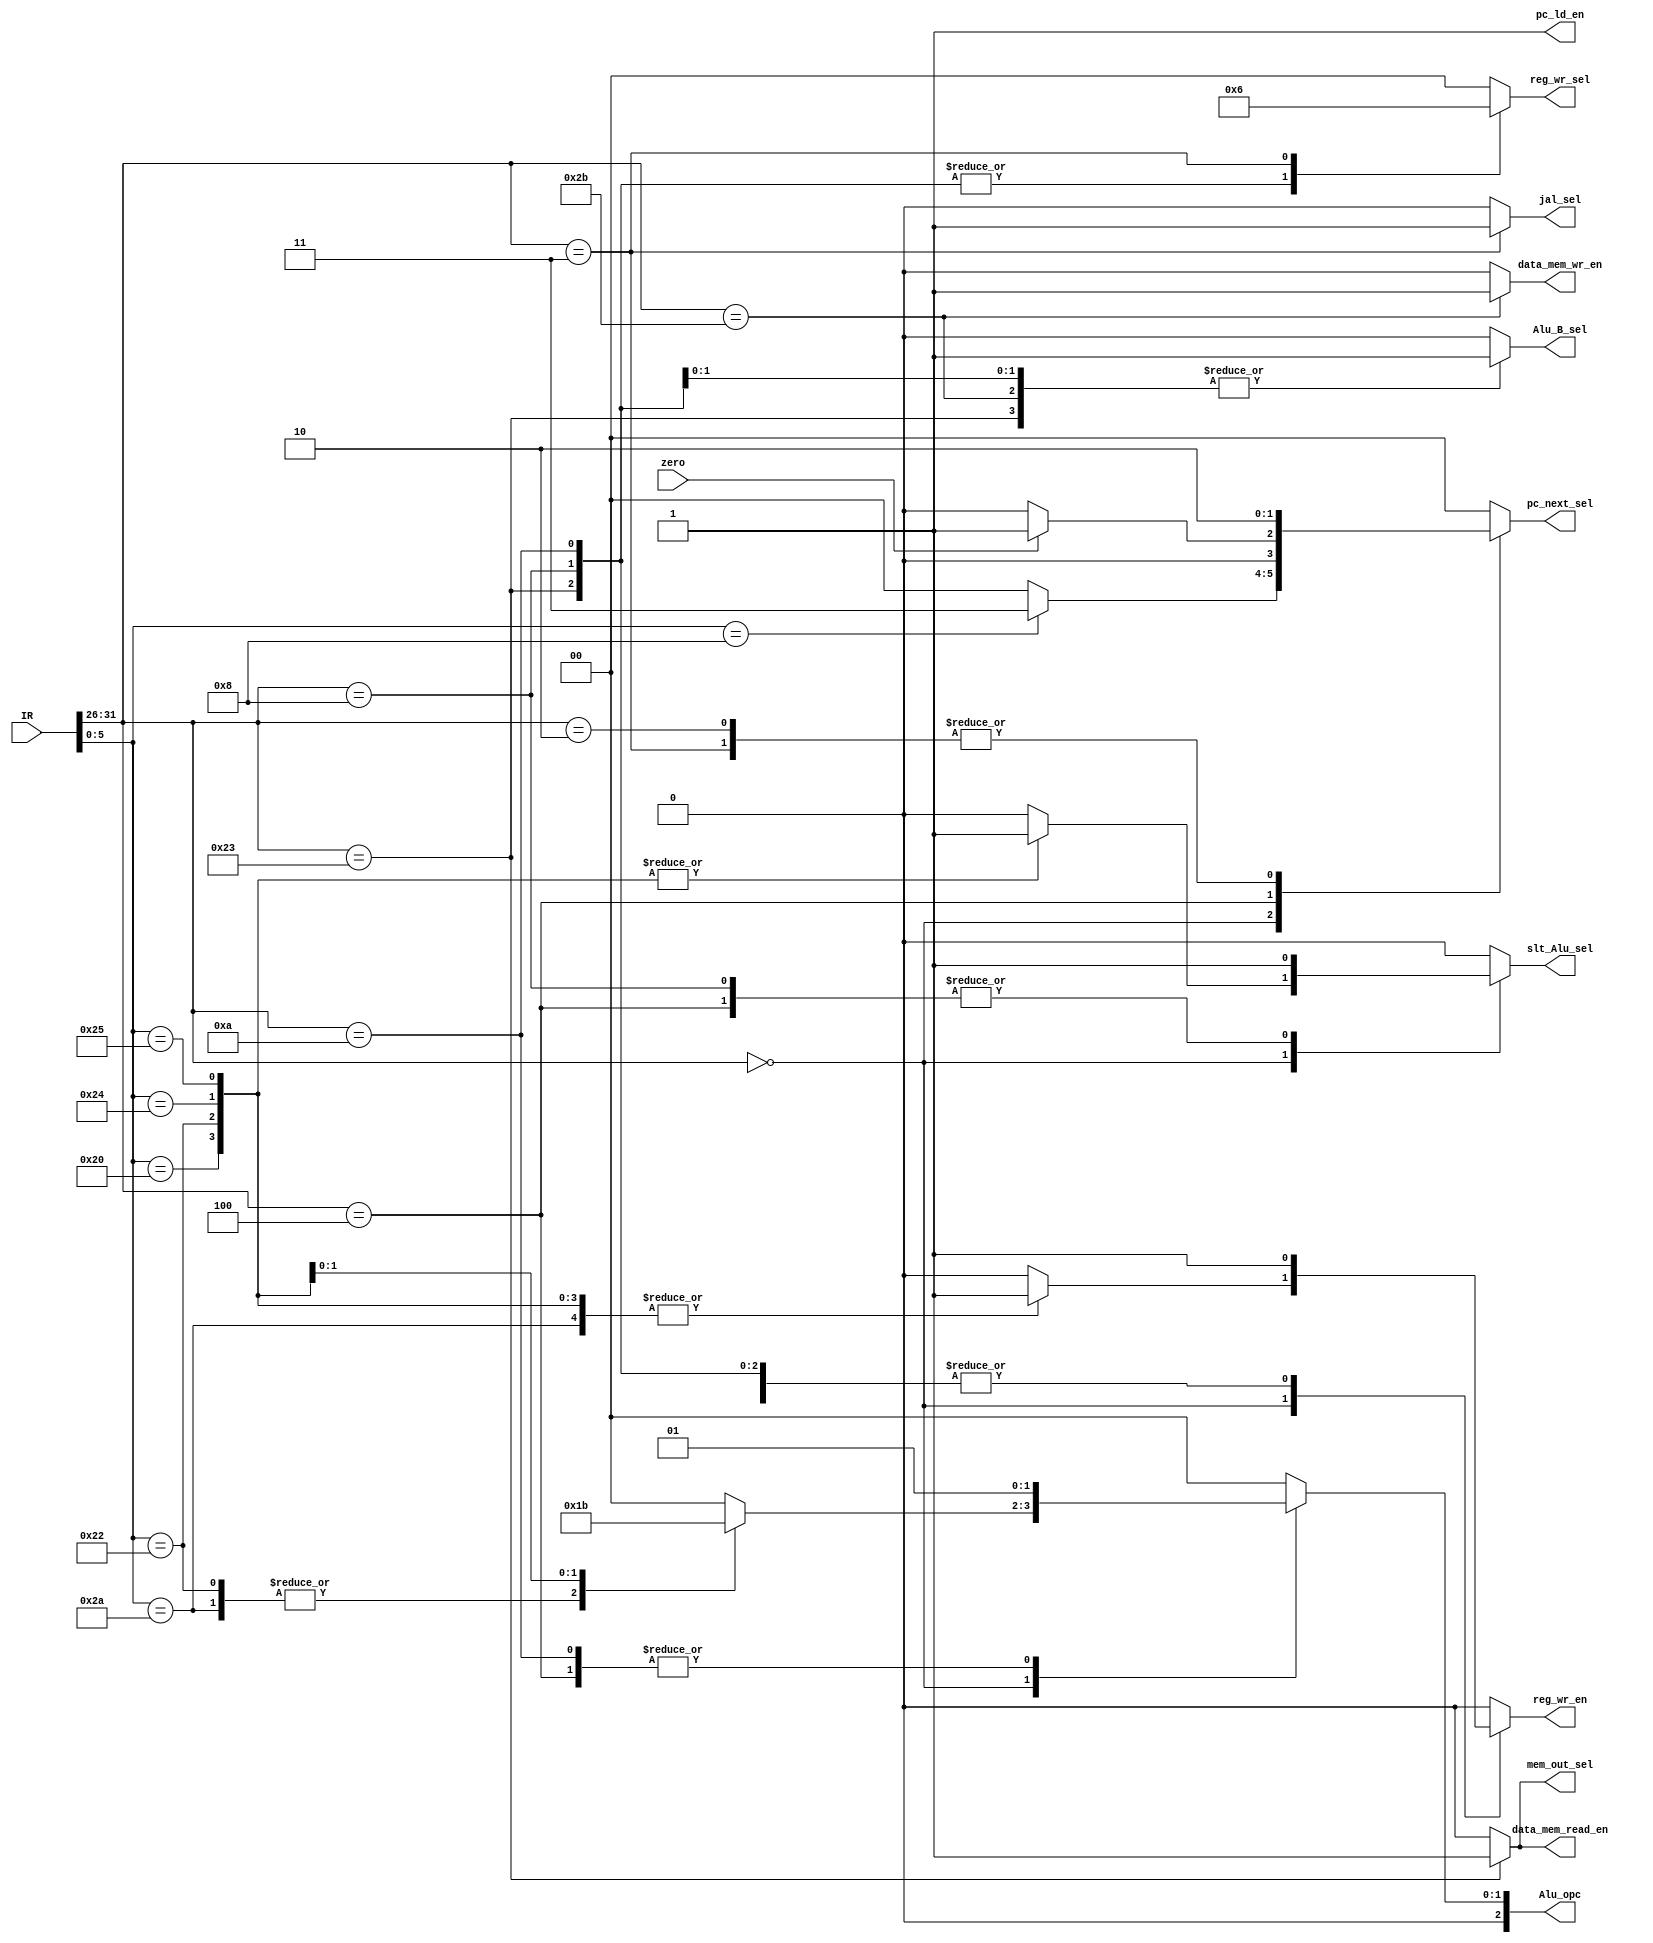
`timescale 1ps / 1ps
`define R_type 6'b0 
`define addi 6'b001000 
`define slti 6'b001010
`define lw 6'b100011
`define sw 6'b101011
`define beq 6'b000100
`define j 6'b000010
`define jal 6'b000011
`define f_add 6'b100000
`define f_sub 6'b100010
`define f_slt 6'b101010
`define f_and 6'b100100
`define f_or 6'b100101
`define f_jr 6'b001000
`define alu_add 2'b0
`define alu_sub 2'b01
`define alu_and 2'b10
`define alu_or 2'b11
module MIPSController (
    IR,
    zero,
    reg_wr_en,
    reg_wr_sel,
    pc_ld_en,
    pc_next_sel,
    Alu_opc,
    Alu_B_sel,
    data_mem_wr_en,
    data_mem_read_en,
    mem_out_sel,
    jal_sel,
    slt_Alu_sel
);
  input [31:0] IR;
  input zero;
  output reg reg_wr_en,pc_ld_en,Alu_B_sel,data_mem_wr_en,data_mem_read_en,mem_out_sel,jal_sel,slt_Alu_sel;
  output reg [1:0] reg_wr_sel, pc_next_sel;
  output reg [2:0] Alu_opc;
  reg ps, ns;
  wire [5:0] IR_opc, IR_func;
  assign IR_opc  = IR[31:26];
  assign IR_func = IR[5:0];
  always @(IR or zero) begin
    {reg_wr_en,Alu_B_sel,data_mem_wr_en,data_mem_read_en,mem_out_sel,jal_sel,slt_Alu_sel,
    reg_wr_sel,pc_next_sel,Alu_opc} = 'b0;
    pc_ld_en = 1'b1;
    case (IR_opc)
      `R_type: begin
        case (IR_func)
          `f_add: begin
            {reg_wr_en, slt_Alu_sel} = 2'b11;
            Alu_opc = `alu_add;
          end
          `f_sub: begin
            {reg_wr_en, slt_Alu_sel} = 2'b11;
            Alu_opc = `alu_sub;
          end
          `f_slt: begin
            reg_wr_en = 1'b1;
            slt_Alu_sel = 1'b0;
            Alu_opc = `alu_sub;
          end
          `f_and: begin
            {reg_wr_en, slt_Alu_sel} = 2'b11;
            Alu_opc = `alu_and;
          end
          `f_or: begin
            {reg_wr_en, slt_Alu_sel} = 2'b11;
            Alu_opc = `alu_or;
          end
          `f_jr: begin
            reg_wr_en   = 0;
            pc_next_sel = 2'b11;
          end
        endcase
      end
      `addi: begin
        {reg_wr_en, Alu_B_sel, slt_Alu_sel} = 3'b111;
        reg_wr_sel = 2'b01;
        Alu_opc = `alu_add;
      end
      `slti: begin
        {reg_wr_en, Alu_B_sel} = 2'b11;
        reg_wr_sel = 2'b01;
        Alu_opc = `alu_sub;
      end
      `lw: begin
        {reg_wr_en, Alu_B_sel, data_mem_read_en, mem_out_sel} = 4'b1111;
        reg_wr_sel = 2'b01;
        Alu_opc = `alu_add;
      end
      `sw: begin
        {Alu_B_sel, data_mem_wr_en} = 4'b1111;
        Alu_opc = `alu_add;
      end
      `beq: begin
        Alu_opc = `alu_sub;
        pc_next_sel = (zero == 1'b1) ? 2'b01 : 2'b0;
        slt_Alu_sel = 1'b1;
      end
      `j: begin
        pc_next_sel = 2'b10;
      end
      `jal: begin
        {reg_wr_en, jal_sel} = 2'b11;
        reg_wr_sel = 2'b10;
        pc_next_sel = 2'b10;
      end
      //default: pc_ld_en = 1'b0;

    endcase
  end
endmodule